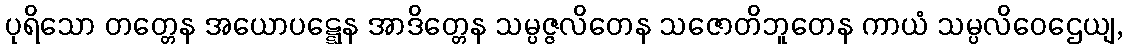
ပုရိသော တတ္တေန အယောပဋ္ဋေန အာဒိတ္တေန သမ္ပဇ္ဇလိတေန သဇောတိဘူတေန ကာယံ သမ္ပလိဝေဌေယျ,